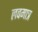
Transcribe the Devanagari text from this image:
लवमात्र